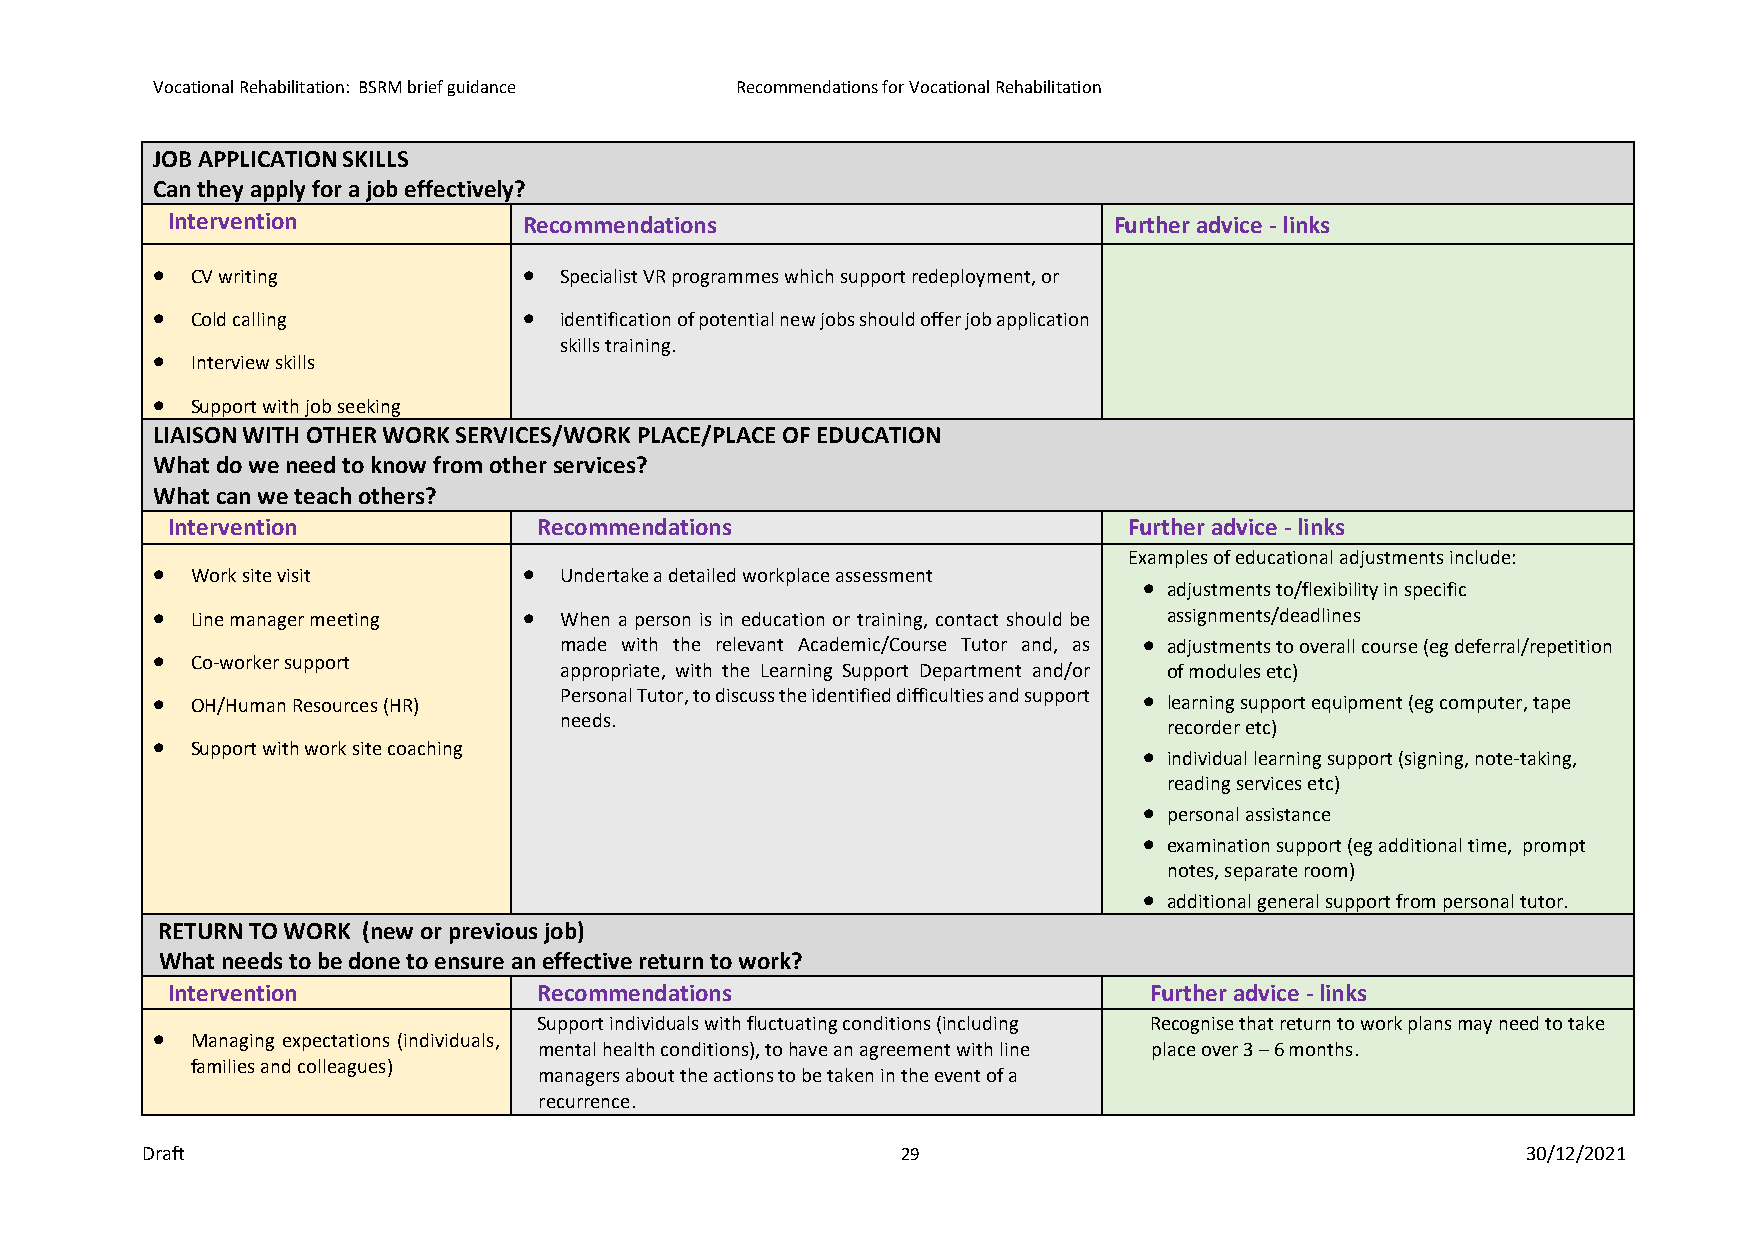
Vocational Rehabilitation: BSRM brief guidance Recommendations for Vocational Rehabilitation
 JOB APPLICATION SKILLS
 Can they apply for a job effectively?
 Intervention            Recommendations                        Further advice - links
 •  CV writing            • Specialist VR programmes which support redeployment, or
 •  Cold calling          • identification of potential new jobs should offer job application
 skills training.
 •  Interview skills
 •  Support with job seeking
 LIAISON WITH OTHER WORK SERVICES/WORK PLACE/PLACE OF EDUCATION
 What do we need to know from other services?
 What can we teach others?
 Intervention             Recommendations                        Further advice - links
 Examples of educational adjustments include:
 •  Work site visit       • Undertake a detailed workplace assessment
 • adjustments to/flexibility in specific
 •  Line manager meeting  • When a person is in education or training, contact should be assignments/deadlines
 made with the relevant Academic/Course Tutor and, as • adjustments to overall course (eg deferral/repetition
 •  Co-worker support
 appropriate, with the Learning Support Department and/or of modules etc)
 •  OH/Human Resources (HR) Personal Tutor, to discuss the identified difficulties and support • learning support equipment (eg computer, tape
 needs.
 recorder etc)
 •  Support with work site coaching                                • individual learning support (signing, note-taking,
 reading services etc)
 • personal assistance
 • examination support (eg additional time, prompt
 notes, separate room)
 • additional general support from personal tutor.
 RETURN TO WORK (new or previous job)
 What needs to be done to ensure an effective return to work?
 Intervention             Recommendations                         Further advice - links
 Support individuals with fluctuating conditions (including Recognise that return to work plans may need to take
 •  Managing expectations (individuals,
 mental health conditions), to have an agreement with line place over 3 – 6 months.
 families and colleagues)
 managers about the actions to be taken in the event of a
 recurrence.
 Draft                                              29                                       30/12/2021